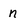
Character: n